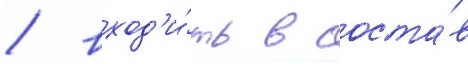
/ вход'и́ть в соста́в